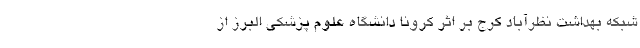
شبکه بهداشت نظرآباد کرج بر اثر کرونا دانشگاه علوم پزشکی البرز از